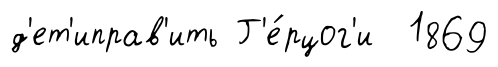
д'ет'иправ'ить Г'е́рцог'и 1869